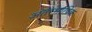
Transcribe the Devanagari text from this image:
अंतरभाषिक